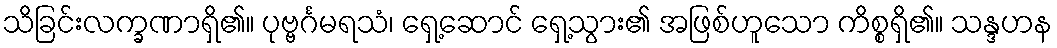
သိခြင်းလက္ခဏာရှိ၏။ ပုဗ္ဗင်္ဂမရသံ၊ ရှေ့ဆောင် ရှေ့သွား၏ အဖြစ်ဟူသော ကိစ္စရှိ၏။ သန္ဒဟန